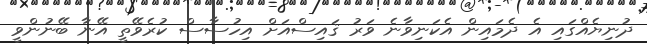
ދުނިޔެއްގައި އެ ދެމައިން އެކަނިވާނެ ވަރު ޤައިސްއަށް އިހުސާސް ކުރެވޭތީ އޭނާ ބޭނުންވީ